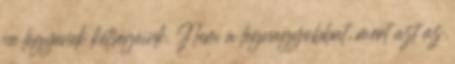
ne legyenek kétségeink. Nem a legnagyobbat, mert azt az